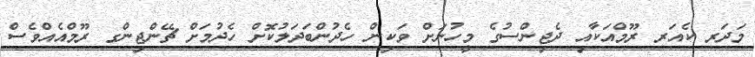
މަދަރ ކެއަރ ރޫމްއަކާއި ދެޖިންސުގެ މީހުނަށް ވަކިން ހެދުންބަދަލުކޮށް ހެދުމަށް ޗޭންޖިންގ ރޫމްއެއްވެސް